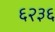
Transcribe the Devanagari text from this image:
६२३६